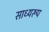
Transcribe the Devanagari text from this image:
साध्यरूप